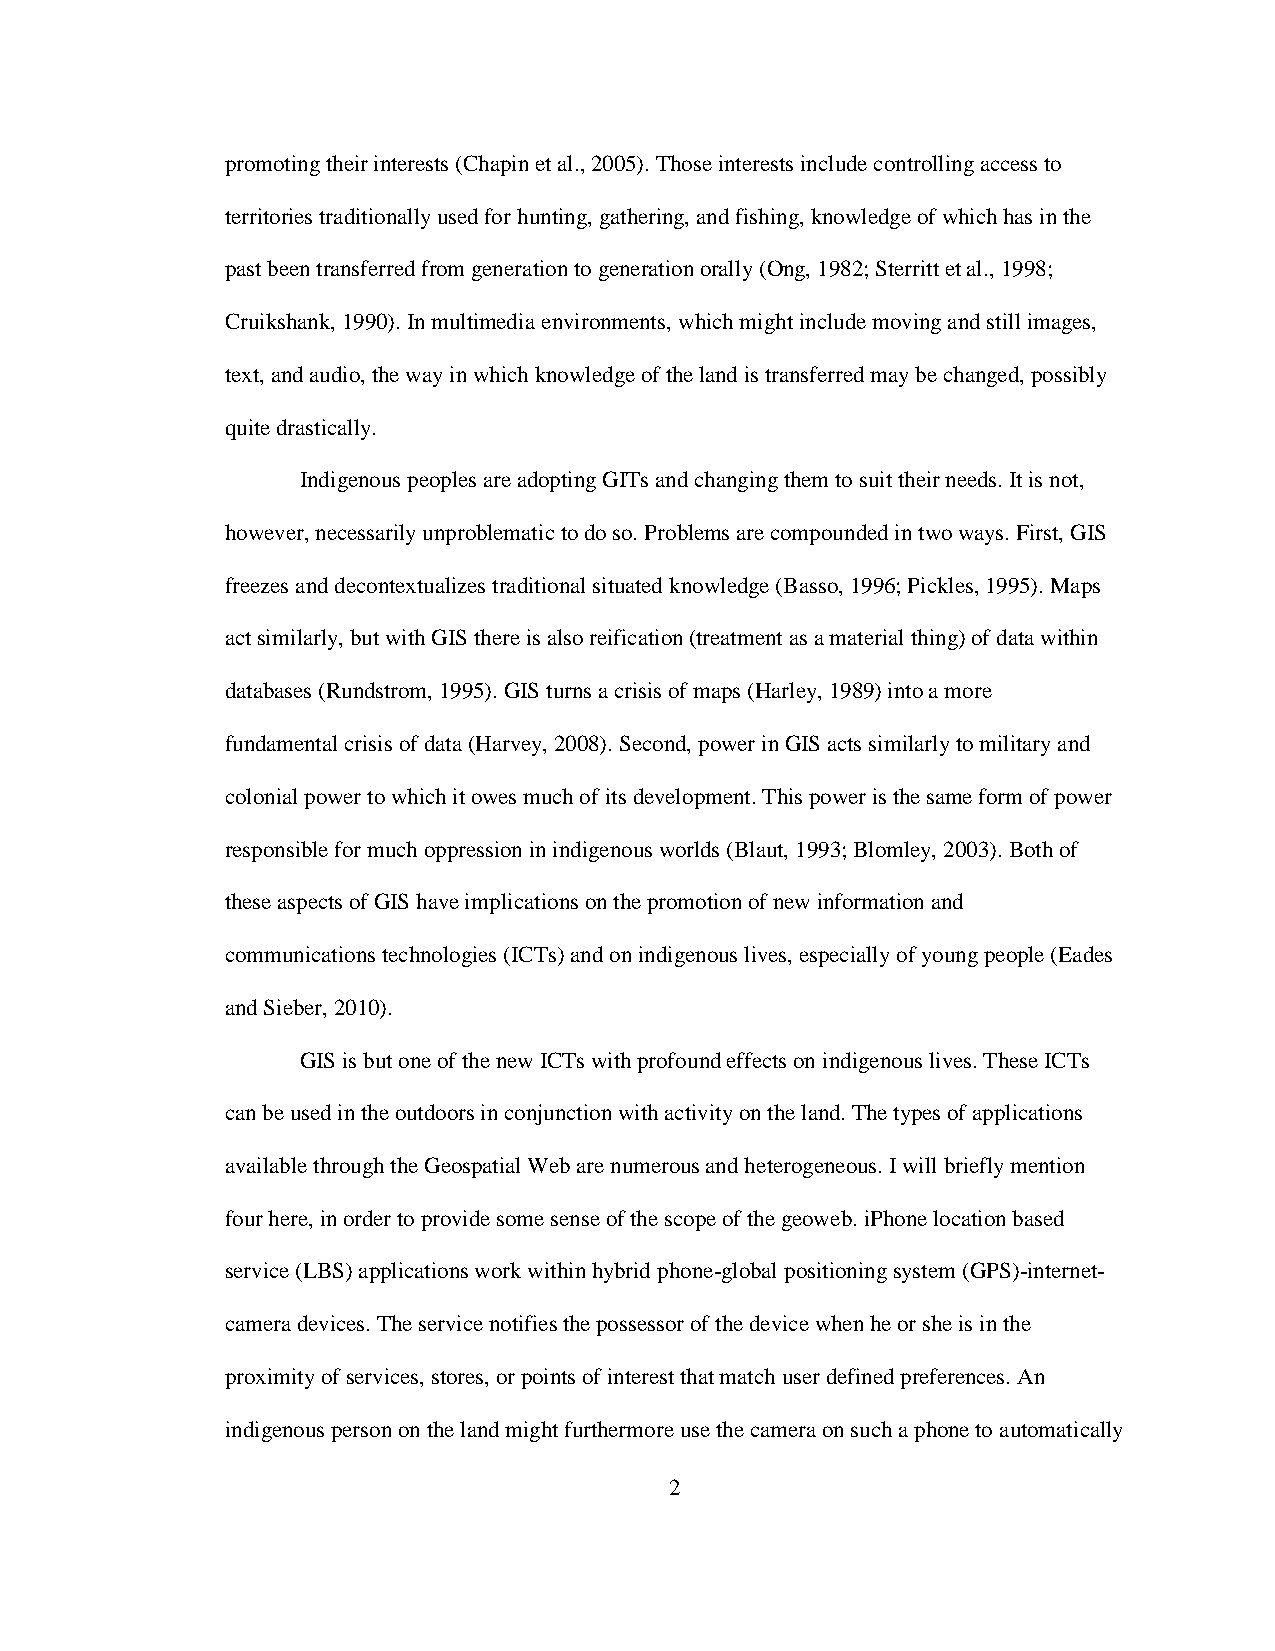
promoting their interests (Chapin et al., 2005). Those interests include controlling access to
 territories traditionally used for hunting, gathering, and fishing, knowledge of which has in the
 past been transferred from generation to generation orally (Ong, 1982; Sterritt et al., 1998;
 Cruikshank, 1990). In multimedia environments, which might include moving and still images,
 text, and audio, the way in which knowledge of the land is transferred may be changed, possibly
 quite drastically.
 Indigenous peoples are adopting GITs and changing them to suit their needs. It is not,
 however, necessarily unproblematic to do so. Problems are compounded in two ways. First, GIS
 freezes and decontextualizes traditional situated knowledge (Basso, 1996; Pickles, 1995). Maps
 act similarly, but with GIS there is also reification (treatment as a material thing) of data within
 databases (Rundstrom, 1995). GIS turns a crisis of maps (Harley, 1989) into a more
 fundamental crisis of data (Harvey, 2008). Second, power in GIS acts similarly to military and
 colonial power to which it owes much of its development. This power is the same form of power
 responsible for much oppression in indigenous worlds (Blaut, 1993; Blomley, 2003). Both of
 these aspects of GIS have implications on the promotion of new information and
 communications technologies (ICTs) and on indigenous lives, especially of young people (Eades
 and Sieber, 2010).
 GIS is but one of the new ICTs with profound effects on indigenous lives. These ICTs
 can be used in the outdoors in conjunction with activity on the land. The types of applications
 available through the Geospatial Web are numerous and heterogeneous. I will briefly mention
 four here, in order to provide some sense of the scope of the geoweb. iPhone location based
 service (LBS) applications work within hybrid phone-global positioning system (GPS)-internet-
 camera devices. The service notifies the possessor of the device when he or she is in the
 proximity of services, stores, or points of interest that match user defined preferences. An
 indigenous person on the land might furthermore use the camera on such a phone to automatically
 2